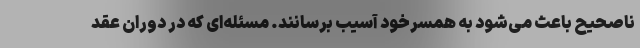
ناصحیح باعث می‌شود به همسرخود آسیب برسانند. مسئله‌ای که در دوران عقد